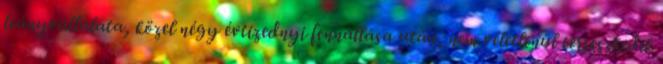
leányvállalata, közel négy évtizednyi fennállása után, nem véletlenül terjeszkedik